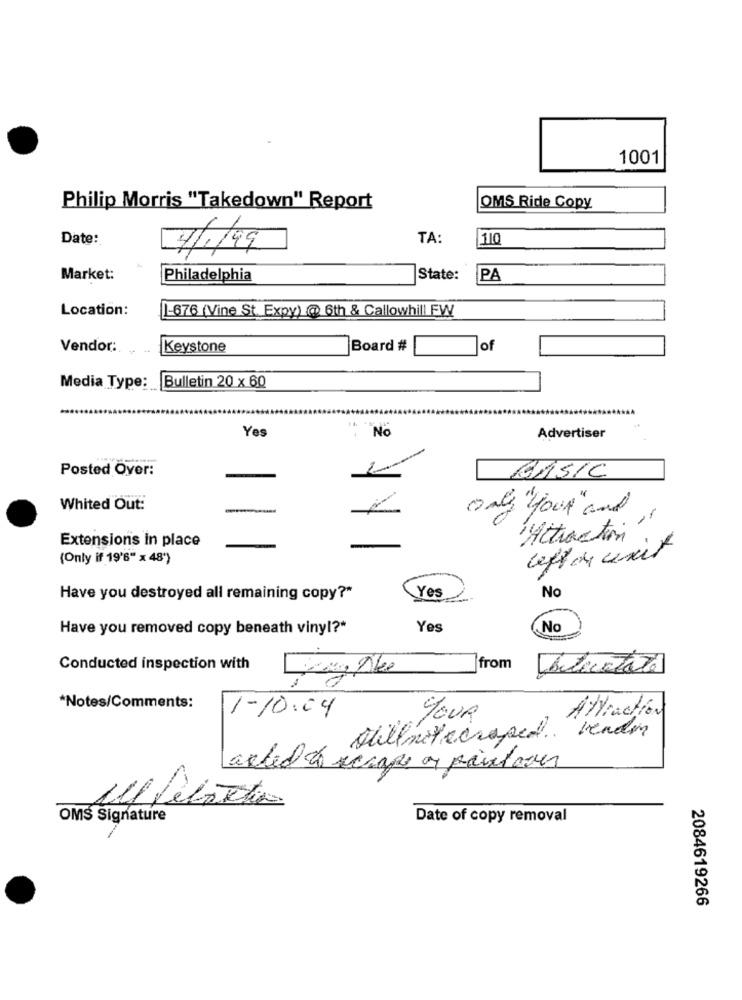
1001
Philip Morris "Takedown" Report
OMS Ride Copy
Date:
TA:
110
7/1/99
Market:
Philadelphia
State:
PA
Location:
1-676 (Vine St. Expy) @ 6th & Callowhill FW
Vendor:
Keystone
Board #
of
Media Type:
Bulletin 20 x 60
Yes
No
Advertiser
Posted Over:
BASIC
Whited Out:
only " your" and
--
Extensions in place
Attraction
leffor exit
(Only if 19'6" x 48")
Yes
Have you destroyed all remaining copy?"
No
Have you removed copy beneath viny !? "
Yes
No
Conducted inspection with
from
*Notes/Comments:
1-10:04
YOUR
Attraction
rendin
stillnotecraped ..
acted de scrape a paint over
OMS Signature
Date of copy removal
2084619266